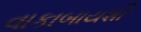
વાકાબાયશી